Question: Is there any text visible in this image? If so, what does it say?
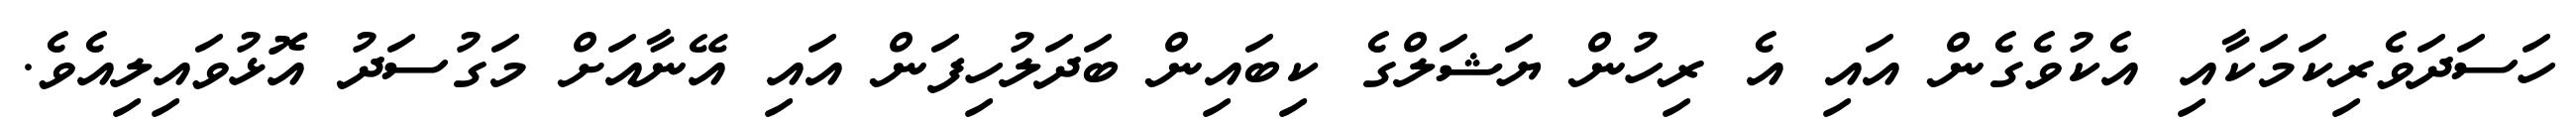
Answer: ހަސަދަވެރިކަމަކާއި އެކުވެގެން އައި އެ ރިހުން ޔަޝަލްގެ ކިބައިން ބަދަލުހިފަން އައި އޭނާއަށް މަގުސަދު އޮޅުވައިލިއެވެ.